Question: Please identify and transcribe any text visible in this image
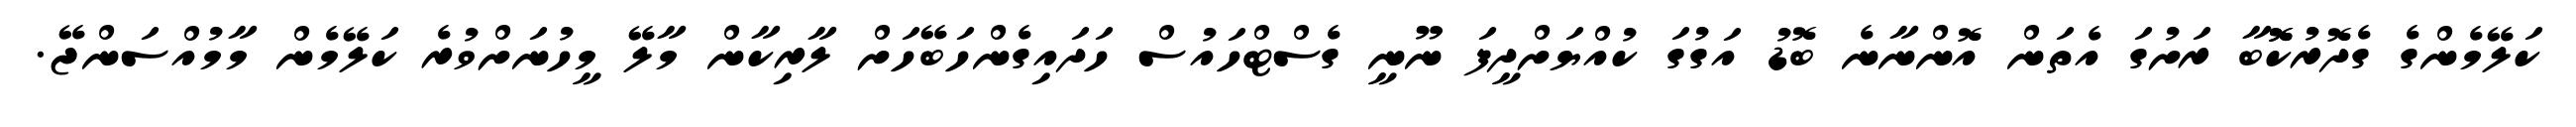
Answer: ކަލޭމެންގެ ގެދޮރުކޮޮބާ ރަށުގަ އެތަން އޮންނާނެ ބޮޑު އަގުގަ ކުއްޔަށްދީފަ ނޫނީ ގެސްޓްހައުސް ހަދައިގެންހަބޭހަށް ލާރިކާން މާލޭ މީހުނަށްވުރެ ކަލޭމެން މާމުއްސަންޖޭ.